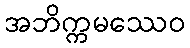
အဘိက္ကမဿေဝ